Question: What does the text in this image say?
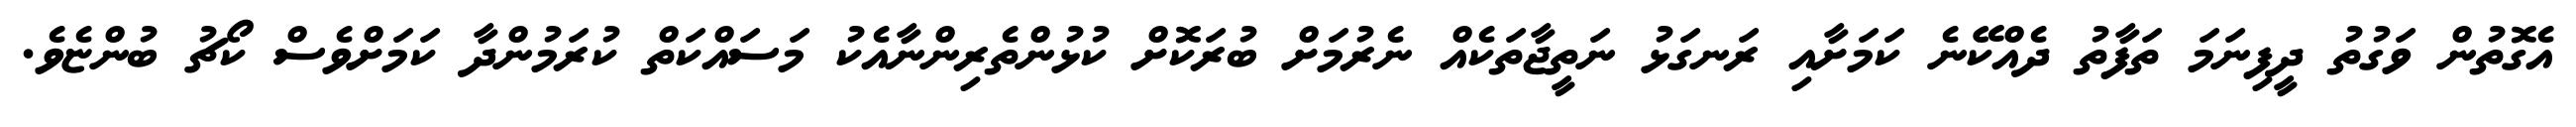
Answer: އެގޮތުން ވަގުތު ދީފިނަމަ ތަފާތު ދެއްކޭނެ ކަމަށާއި ރަނގަޅު ނަތީޖާތަކެއް ނެރުމަށް ބުރަކޮށް ކުޅުންތެރިންނާއެކު މަސައްކަތް ކުރަމުންދާ ކަމަށްވެސް ކޯޗު ބުންޏެވެ.